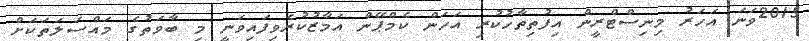
2015ވަނަ އަހަރު މިނިސްޓްރީން އިފުތިތާހުކުރި އަހަން ކެމްޕޭން އަމާޒުކުރެވިފައިވަނީ މި ބާވަތުގެ މައްސަލަތަކަށް